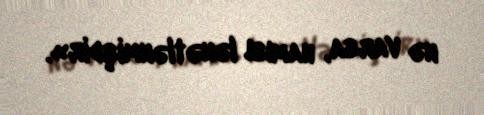
nə varsa, hamısı lənətlənmişdir».